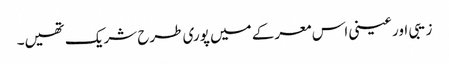
زیبی اور عینی اس معرکے میں پوری طرح شریک تھیں۔